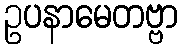
ဥပနာမေတဗ္ဗာ